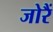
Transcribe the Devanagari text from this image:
जोरैं